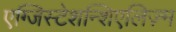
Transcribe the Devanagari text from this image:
एग्जिस्टेशन्शिएलिज़्म